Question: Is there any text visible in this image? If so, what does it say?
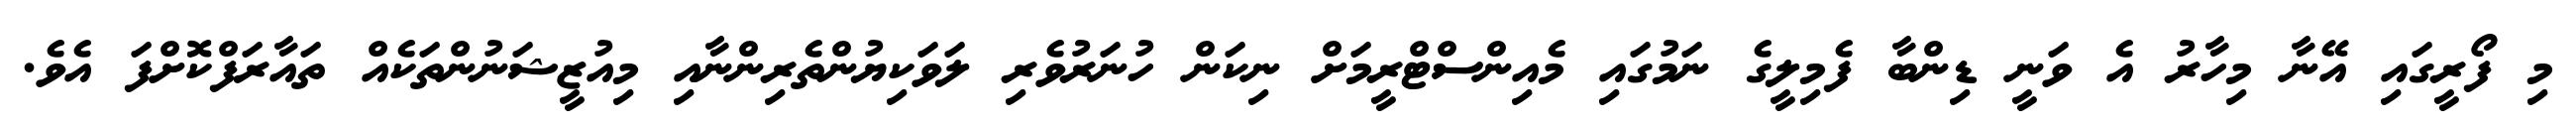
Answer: މި ފޯރީގައި އޭނާ މިހާރު އެ ވަނީ ޑިންބާ ފެމިލީގެ ނަމުގައި މެއިންސްޓްރީމަށް ނިކަން ހުނަރުވެރި ލަވަކިޔުންތެރިންނާއި މިއުޒީޝަނުންތަކެއް ތައާރަފްކޮށްފަ އެވެ.